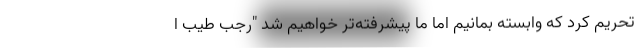
تحریم کرد که وابسته بمانیم اما ما پیشرفته‌تر خواهیم شد "رجب طیب ا